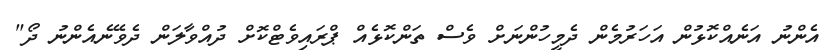
އެންނު އަނެއްކޮޅުން އަހަރުމެން ދެމީހުންނަށް ވެސް ތަންކޮޅެއް ޕްރައިވެޓްކޮށް ދުއްވާލަން ދެވޭނެއެންނު ދޯ"